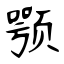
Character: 颚